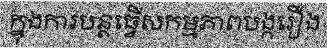
ក្នុងការបន្តធ្វើសកម្មភាពបង្ករឿង